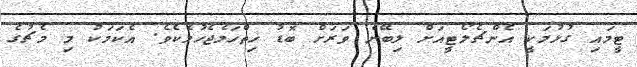
ޓީމައި ގުޅުމަކީ އެންޗެލޯޓީއަށް ލިބޭނެ ވަރަށް ބޮޑު ހިތްހަމެޖެހުމެކެވެ. އެކަމަކު މި މެޗުގެ